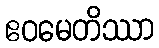
ဧဝမေတိဿာ